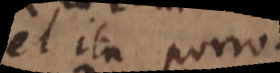
et ita porro.